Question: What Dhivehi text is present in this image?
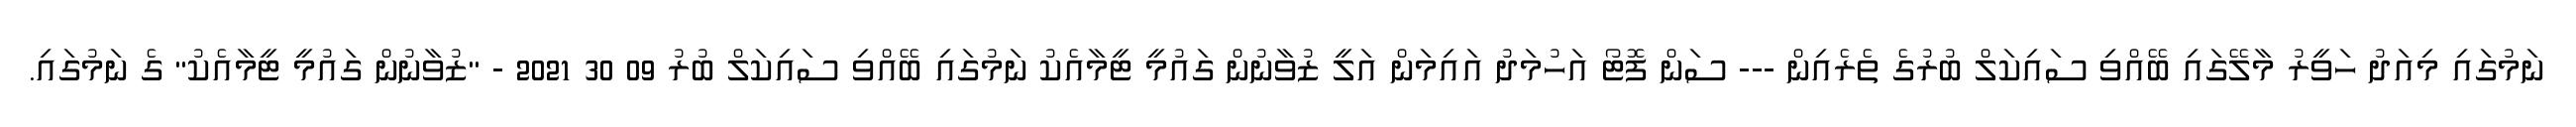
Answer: ނަމުގައި މިއަދު ހަވީރު މާލޭގައި ބޭއްވި ސައިކަލް ބުރުގެ ތެރެއިން --- ސަން ފޮޓޯ އަހުމަދު އައިމަން އަލީ ޒުވާނުން ގައުމީ ޓީމާއެކު ނަމުގައި ބޭއްވި ސައިކަލް ބުރު 09 30 2021 - "ޒުވާނުން ގައުމީ ޓީމާއެކު" ގެ ނަމުގައި.